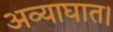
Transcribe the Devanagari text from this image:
अव्याघात।